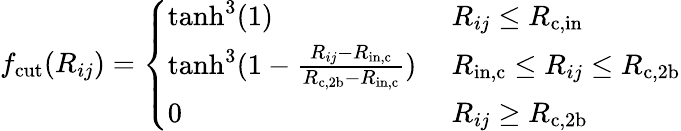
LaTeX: f_{\mathrm{cut}}(R_{ij})=\left\{ \begin{array}{ll}{\mathrm{tanh}^{3}(1)}&{\ R_{ij}\le R_{\mathrm{c,in}}}\\ {\mathrm{tanh}^{3}(1-\frac{R_{ij}-R_{\mathrm{in,c}}}{R_{\mathrm{c,2b}}-R_{\mathrm{in,c}}})}&{\ R_{\mathrm{in,c}}\le R_{ij}\le R_{\mathrm{c,2b}}}\\ {0}&{\ R_{ij}\ge R_{\mathrm{c,2b}}}\end{array}\right.